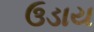
ઉડાય